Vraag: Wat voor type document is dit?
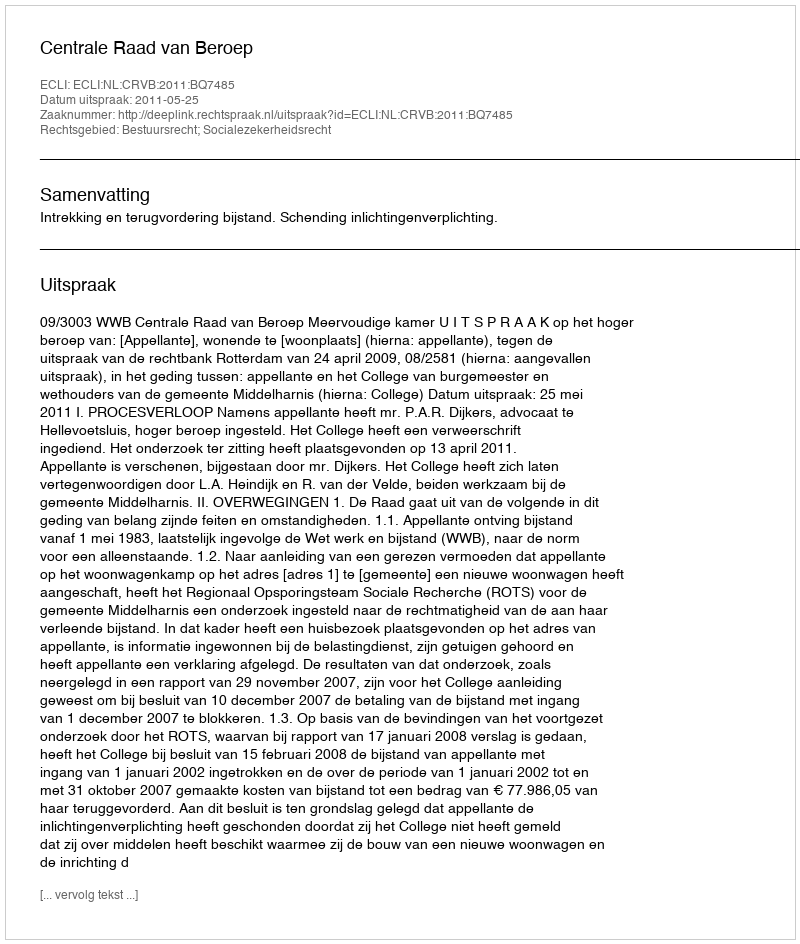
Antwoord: Uitspraak